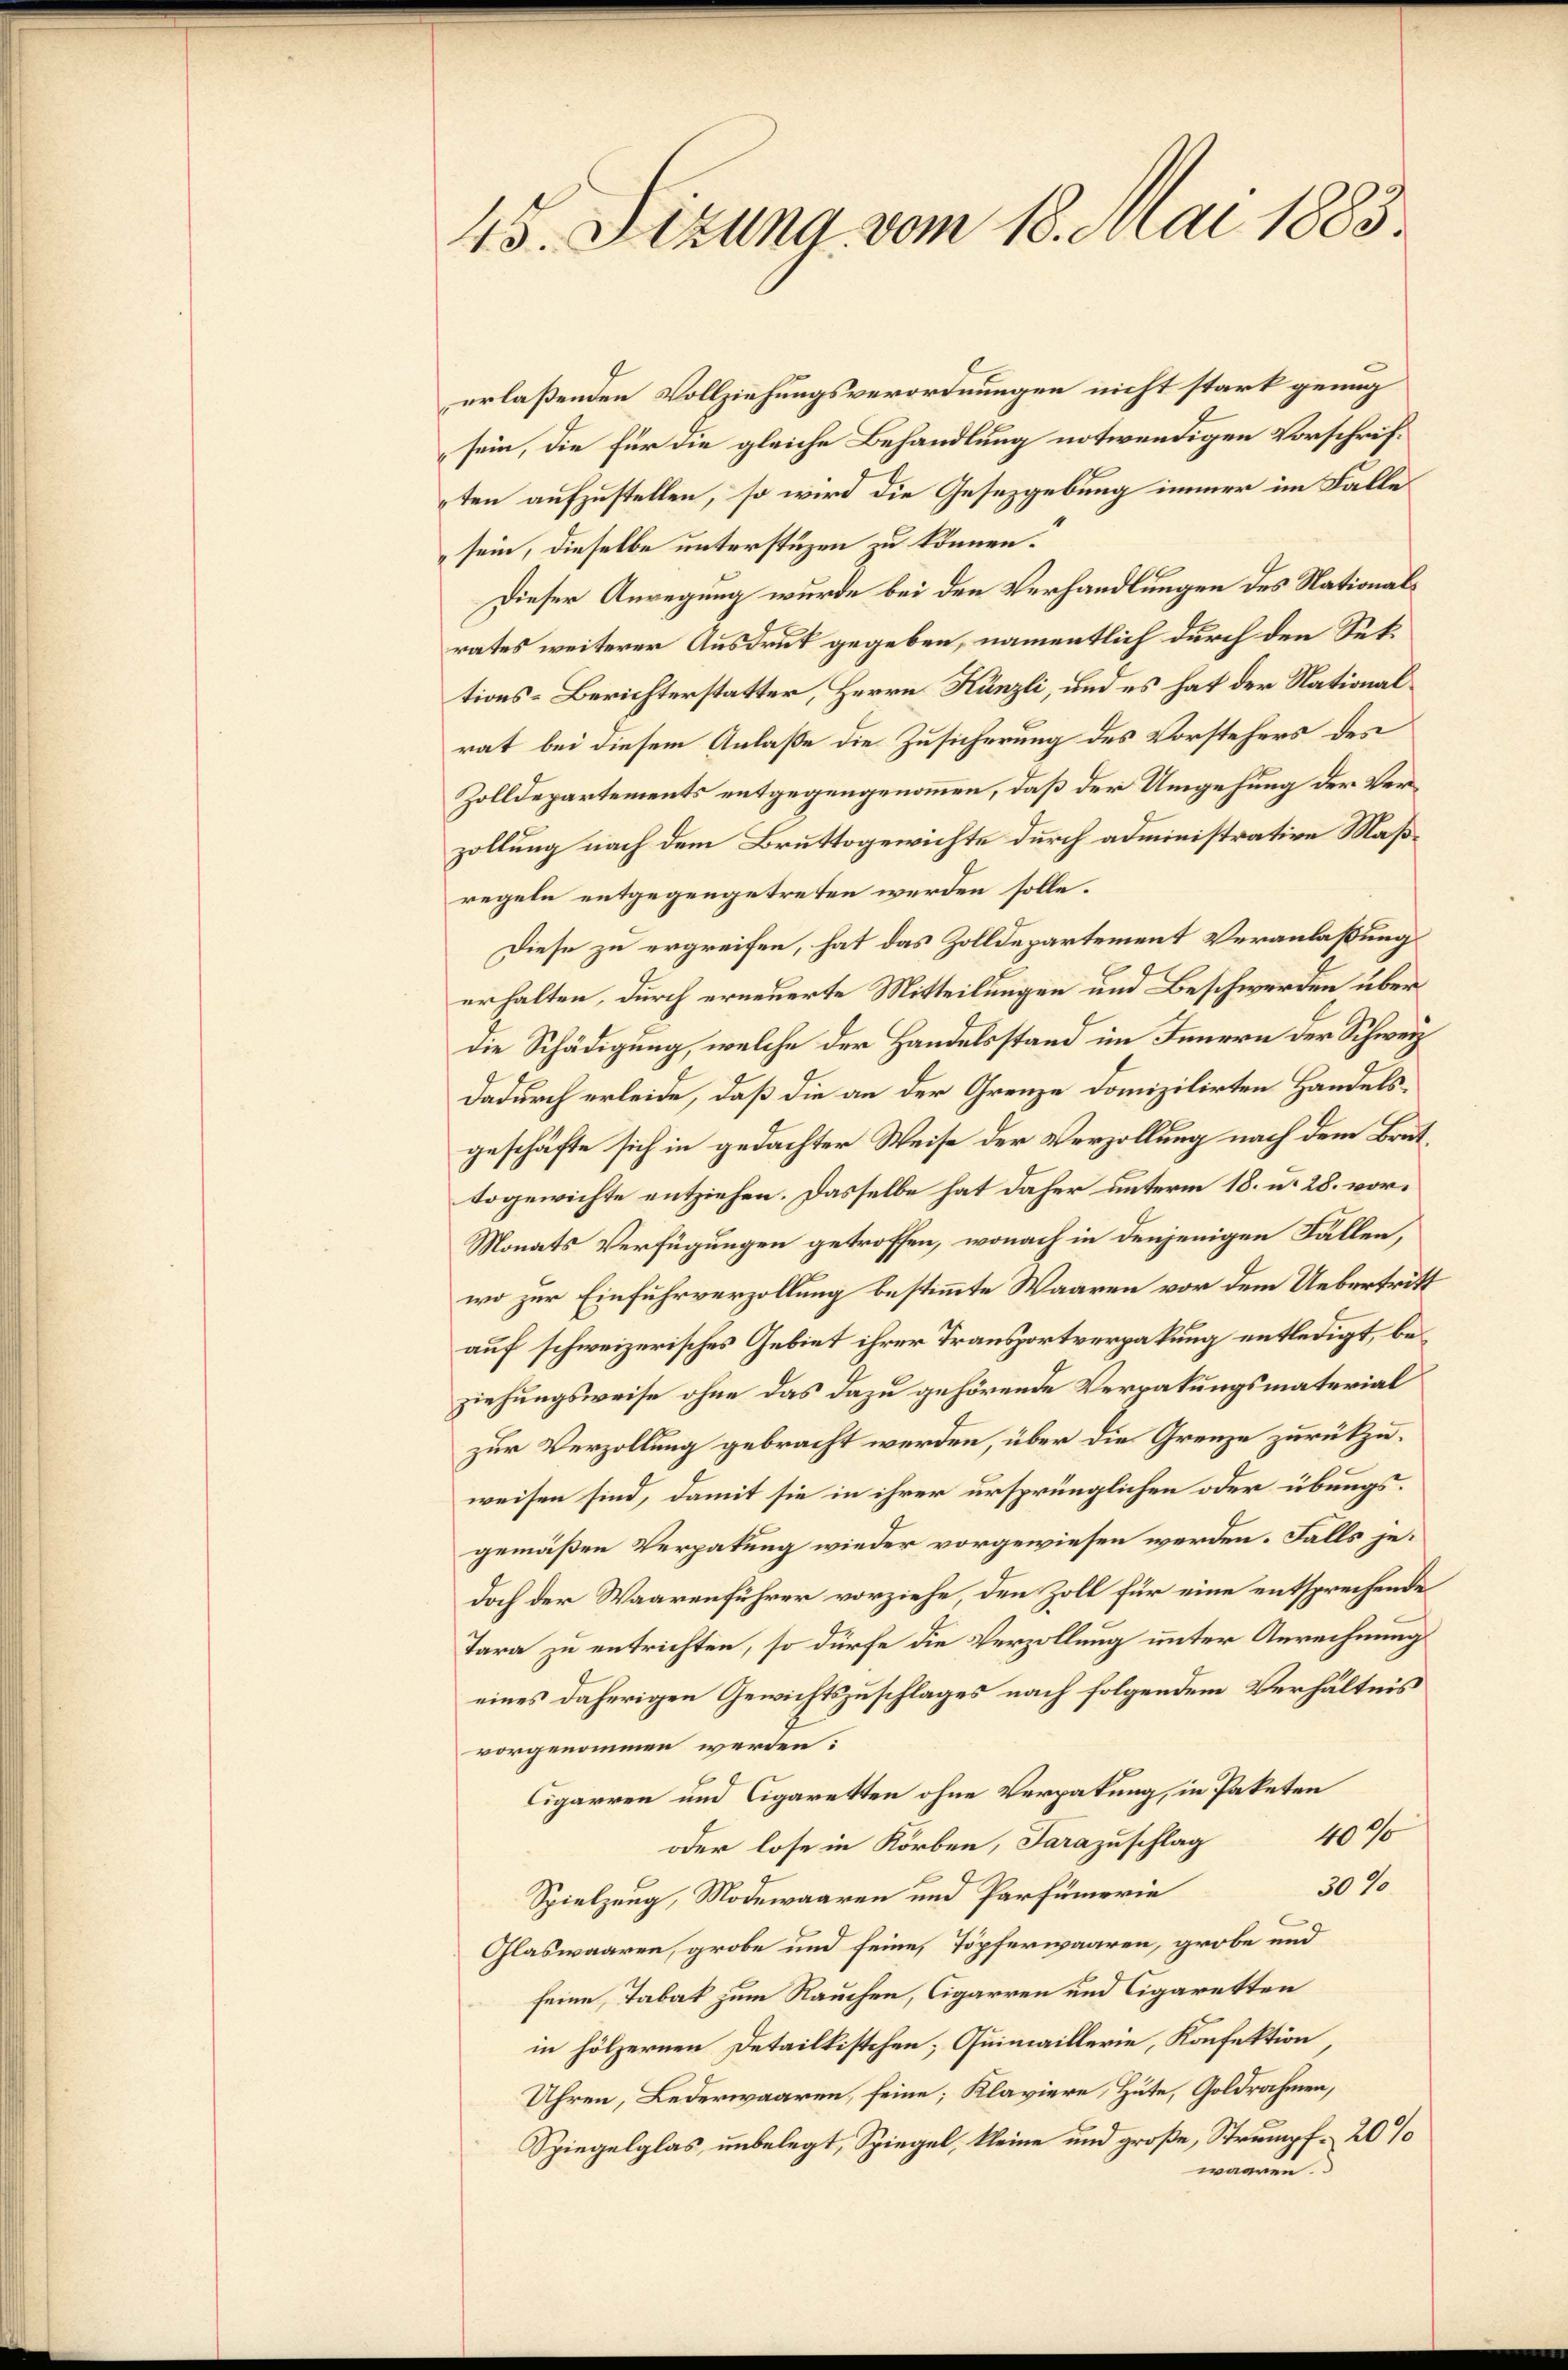
45. Sizung vom 18. Mai 1883.

erlaßenden Vollziehungsverordnungen nicht stark genug
sein, die für die gleiche Behandlung notwendigen Vorschriften aufzustellen, so wird die Gesezgebung immer im Falle
sein, dieselbe unterstüzen zu können.
Dieser Anregung wurde bei den Verhandlungen des Nationalrates weiterer Ausdruk gegeben, namentlich durch den Settions-Berichterstatter, Herrn Künzli, und es hat der Nationalrat bei diesem Anlaße die Zusicherung des Vorstehers des
Zolldepartements entgegengenommen, daß der Umgehung der Verzollung nach dem Bruttogewichte durch administrative Maßregeln entgegengetreten werden solle.
Diese zu ergreifen, hat das Zolldepartement Veranlaßung
erhalten, durch erneuerte Mitteilungen und Beschwerden überdie Schädigung, welche der Handelsstand im Innern der Schweiz
dadurch erleide, daß die an der Grenze domizilirten Handelsgeschäfte sich in gedachter Weise der Verzollung nach dem Bruttogewichte entziehen. Dasselbe hat daher unterm 18. u. 28. vor¬
Monats Verfügungen getroffen, wonach in denjenigen Fällen,
wo zur Einfuhrverzollung bestimmte Waaren vor dem Uebertritt
auf schweizerisches Gebiet ihrer Transportverpakung entledigt, beziehungsweise ohne das dazu gehörende Verpakungsmaterial
zur Verzollung gebracht werden, über die Grenze zurückzuweisen sind, damit sie in ihrer ursprünglichen oder übungsgemäßen Verpakung wieder vorgewiesen werden. Falls jedoch der Waarenführer vorziehe, den Zoll für eine entsprechende
Tara zu entrichten, so dürfe die Verzollung unter Anrechnung
eines daherigen Gewichtszuschlages nach folgendem Verhältnis
vorgenommen werden.
Cigarren und Cigaretten ohne Verpakung, in Paketen
4076
oder lose in Korben, Sarazuschlag
301
Spielzung, Modewaaren und Parfümerie
Glaswaaren, grobe und seine Töpferwaaren, grobe und
seine Tabak zum Rauchen, Cigarren und Cigaretten
in hölzernen Detailkistchen; Quimaillerie, Konfektion,
Uhren, Lederwaaren, seine; Klaviere, Hute, Goldrahmen,
Spiegelglas, unbelegt, Spiegel, kleine und große, Strumpf. 20%
waaren.